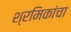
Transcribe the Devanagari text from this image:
श्रमिकांचा